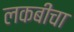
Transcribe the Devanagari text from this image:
लकबींचा